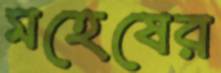
মহেষের